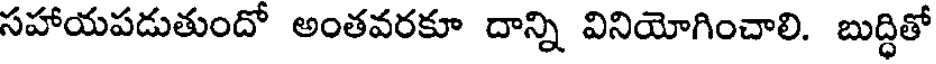
సహాయపడుతుందో అంతవరకూ దాన్ని వినియోగించాలి. బుద్ధితో